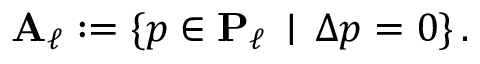
\mathbf { A } _ { \ell } : = \{ p \in \mathbf { P } _ { \ell } \, \mid \, \Delta p = 0 \} \, .